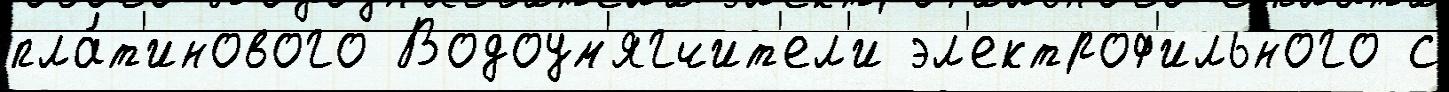
пла́т'инового Водоум'ягчит'ел'и эл'ектроф'ильного с